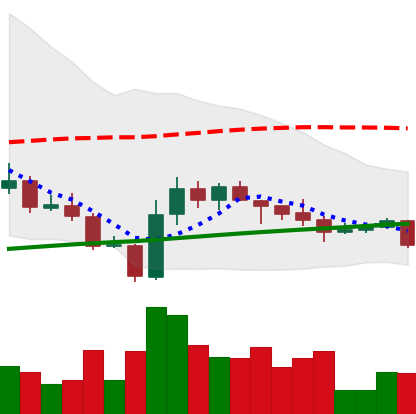
Ticker: LINK-USD
Chart end date: 2020-10-06
Forward return: 23.557%
Label: up_7plus